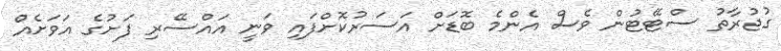
ގުޖުރާތު ސްޓޭޓުން ވެސް އެންމެ ބޮޑަށް އަސަރުކޮށްފައި ވަނީ އައްސޭރި ފަށުގެ އަަވަށެއް